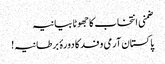
ضمنی انتخاب کاجھوٹا بیانیہ
پاکستان آرمی وفد کا دورۂ برطانیہ!